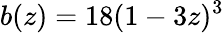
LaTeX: b(z)=18(1-3z)^{3}